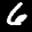
Label: 6